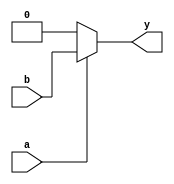
module opt_check (input a , input b , output y);
	assign y = a?b:0;
endmodule